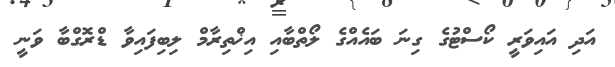
އަދި އައިވަރީ ކޯސްޓުގެ ގިނަ ބައެއްގެ ލޯތްބާއި އިޚްތިރާމް ލިބިފައިވާ ޑްރޮގްބާ ވަނީ